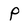
Character: P